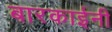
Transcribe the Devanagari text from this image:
बारकाईनी